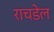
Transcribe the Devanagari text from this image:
राचडेल